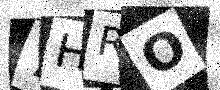
Text: 7HRO